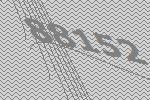
88152